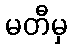
မတီမှ